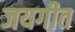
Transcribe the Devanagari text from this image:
जयगीत